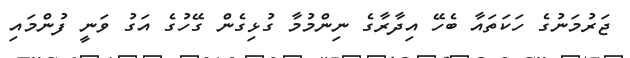
ޖަރުމަނުގެ ހަކަތައާ ބެހޭ އިދާރާގެ ނިންމުމާ ގުޅިގެން ގޭހުގެ އަގު ވަނީ ފުންމައި